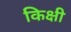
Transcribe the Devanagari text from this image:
किक्षी